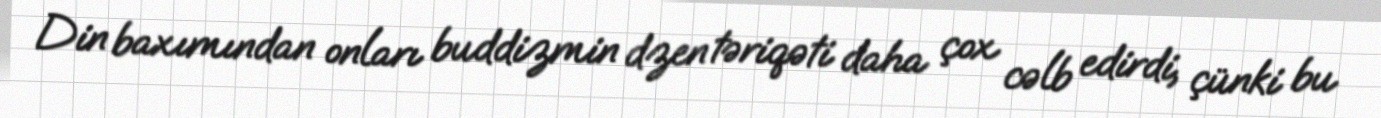
Din baxımından onları buddizmin dzen təriqəti daha çox cəlb edirdi, çünki bu